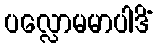
ပလ္လောမမာပါဒိံ